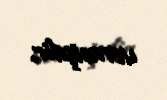
vermişdir.